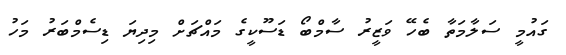
ގައުމީ ސަލާމަތާ ބެހޭ ވަޒީރު ސާމްބޯ ޑަސޫކީގެ މައްޗަށް މިދިޔަ ޑިސެމްބަރު މަހު